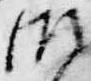
御